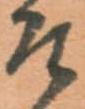
そ